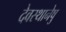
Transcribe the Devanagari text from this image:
देवस्थानेषु